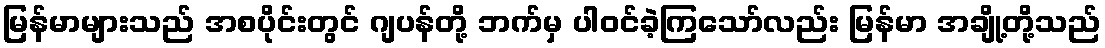
မြန်မာများသည် အစပိုင်းတွင် ဂျပန်တို့ ဘက်မှ ပါဝင်ခဲ့ကြသော်လည်း မြန်မာ အချို့တို့သည်